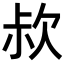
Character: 𣢰